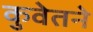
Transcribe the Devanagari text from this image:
कुवेतने